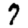
Digit: 7